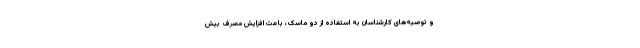
و توصیه‌های کارشناسان به استفاده از دو ماسک، باعث افزایش مصرف بیش